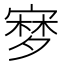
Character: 𡪎